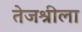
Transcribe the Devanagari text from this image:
तेजश्रीला